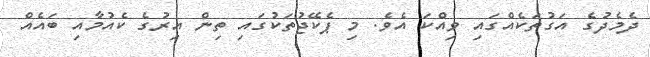
ދެމެދުގެ އަގުތަކެއްގައި ވިއްކަ އެވެ. މި ޕެކޭޖުތަކުގައި ތިން އިރުގެ ކެއުމާއި ބައެއް